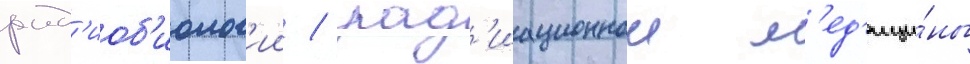
рад'иоб'иолог'ии / рад'иационнои м'ед'ици́ны